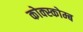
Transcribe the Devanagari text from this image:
कोक्स्कोम्ब